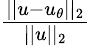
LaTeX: \begin{array}{r}{\frac{||u-u_{\theta}||_{2}}{||u||_{2}}}\end{array}